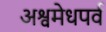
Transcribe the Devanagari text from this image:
अश्वमेधपर्व